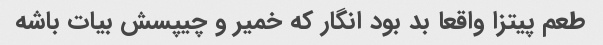
طعم پیتزا واقعا بد بود انگار که خمیر و چیپسش بیات باشه